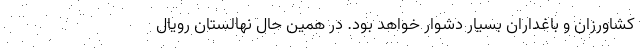
کشاورزان و باغداران بسیار دشوار خواهد بود. در همین حال نهالستان رویال